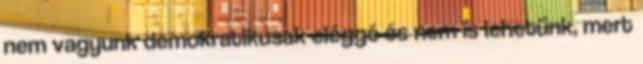
nem vagyunk demokratikusak eléggé és nem is lehetünk, mert